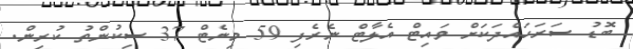
ބޮޑު ސަރަހައްދަކަށް ވައިޓް އެލާޓް ނެރެފި 59 މިނެޓް 37 ސިކުންތު ކުރިން.